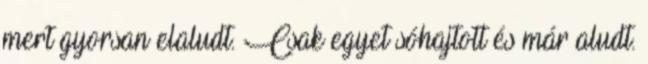
mert gyorsan elaludt. Csak egyet sóhajtott és már aludt.